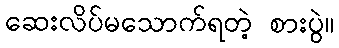
ဆေးလိပ်မသောက်ရတဲ့ စားပွဲ။